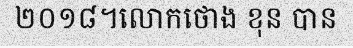
២០១៨។លោកថោង ខុន បាន